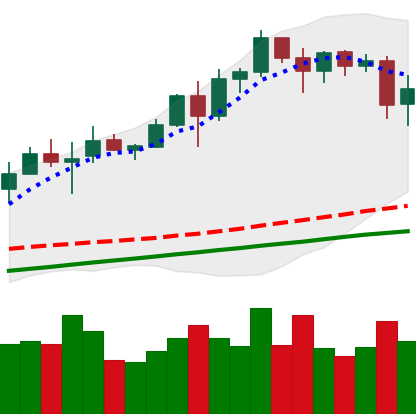
Ticker: BNB-USD
Chart end date: 2020-08-12
Forward return: 8.085%
Label: up_7plus